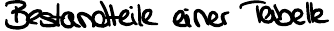
Bestandteile einer Tabelle